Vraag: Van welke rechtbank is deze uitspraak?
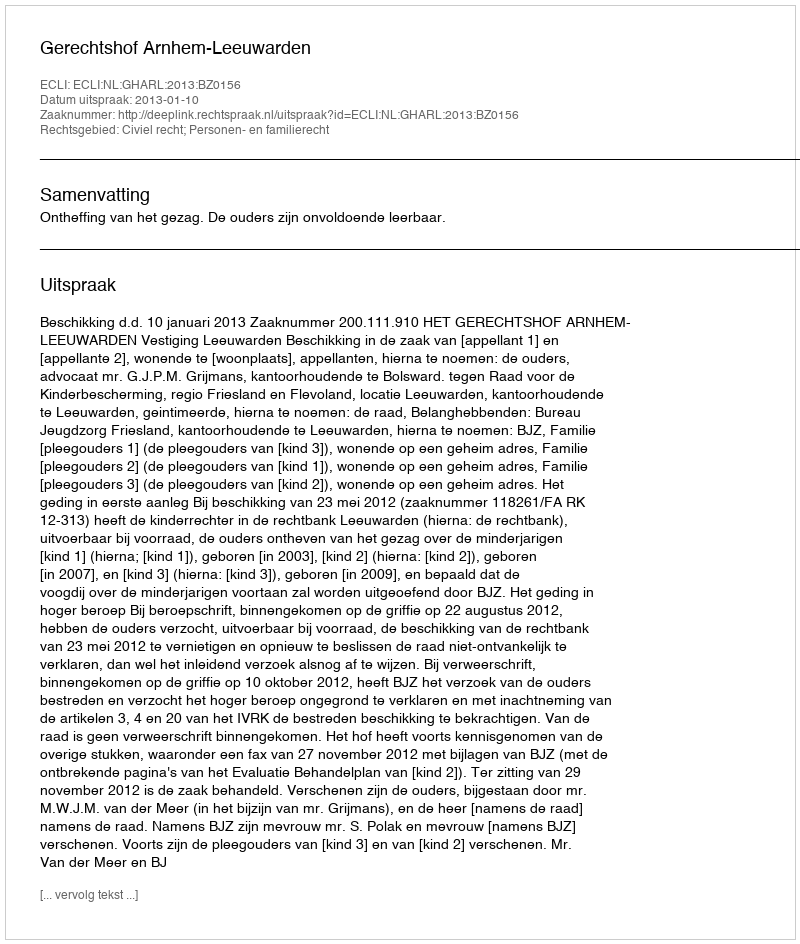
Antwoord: Gerechtshof Arnhem-Leeuwarden